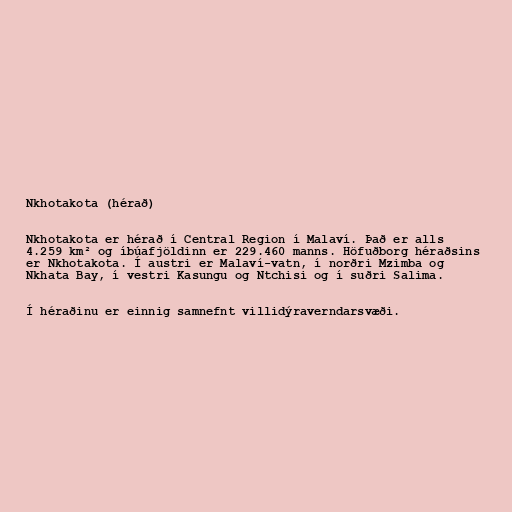
Nkhotakota (hérað)

Nkhotakota er hérað í Central Region í Malaví. Það er alls
4.259 km² og íbúafjöldinn er 229.460 manns. Höfuðborg héraðsins
er Nkhotakota. Í austri er Malaví-vatn, í norðri Mzimba og
Nkhata Bay, í vestri Kasungu og Ntchisi og í suðri Salima.

Í héraðinu er einnig samnefnt villidýraverndarsvæði.